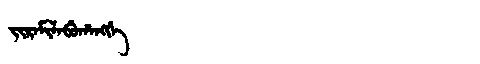
Manchu: ᠵᡳᡵᠠᠮᡳᠯᠠᠪᡠᡥᠠᠩᡤᡝ
Romanization: JIRAMILABUHANGGE